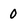
Character: 0